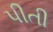
પીતી